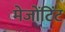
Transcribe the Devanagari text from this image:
मेजोंटिंट